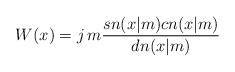
\begin{align*}W(x)=j\,m{sn(x|m)cn(x|m)\over dn(x|m)}\end{align*}